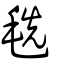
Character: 毨